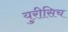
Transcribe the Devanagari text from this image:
युरीसिच